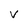
Character: v